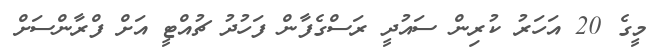
މީގެ 20 އަހަރު ކުރިން ސައުދީ ރަސްގެފާން ފަހުދު ޗުއްޓީ އަށް ފްރާންސަށް